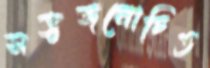
সভ্যজনোচিত